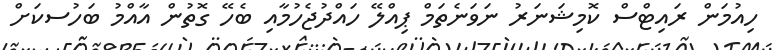
ހިއުމަން ރައިޓްސް ކޮމިޝަނަރު ނަވަނެތަމް ޕިއްލޭ ހައްދުޖެހުމާއި ބެހޭ ގޮތުން އާއްމު ބަހުސކަށް